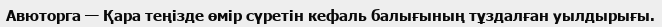
Авюторга — Қара теңізде өмір сүретін кефаль балығының тұздалған уылдырығы.